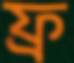
ফ্র